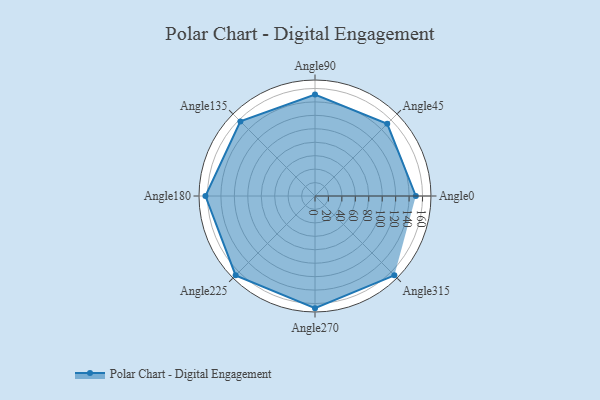
{"axis": {"x": "Angle", "y": "Radius"}, "legend": [""], "data": [{"x": "Angle0", "y": 150.0, "type": ""}, {"x": "Angle45", "y": 152.0, "type": ""}, {"x": "Angle90", "y": 151.0, "type": ""}, {"x": "Angle135", "y": 157.0, "type": ""}, {"x": "Angle180", "y": 163.0, "type": ""}, {"x": "Angle225", "y": 167.0, "type": ""}, {"x": "Angle270", "y": 167.0, "type": ""}, {"x": "Angle315", "y": 167.0, "type": ""}]}